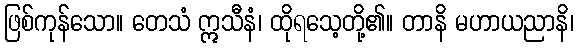
ဖြစ်ကုန်သော။ တေသံ ဣသီနံ၊ ထိုရသေ့တို့၏။ တာနိ မဟာယညာနိ၊